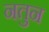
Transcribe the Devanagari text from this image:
नतुन